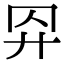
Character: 𢌺